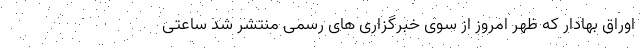
اوراق بهادار که ظهر امروز از سوی خبرگزاری های رسمی منتشر شد ساعتی